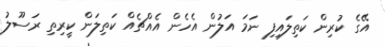
އޭގެ ކުރިން ކަތިލައިފި ނަމަ އަލުން އެހެން އެއްޗެއް ކަތިލަން ކީރިތި ރަސޫލު